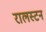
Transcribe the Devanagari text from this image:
रालस्टन